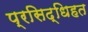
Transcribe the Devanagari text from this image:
प्रसिद्धिहत